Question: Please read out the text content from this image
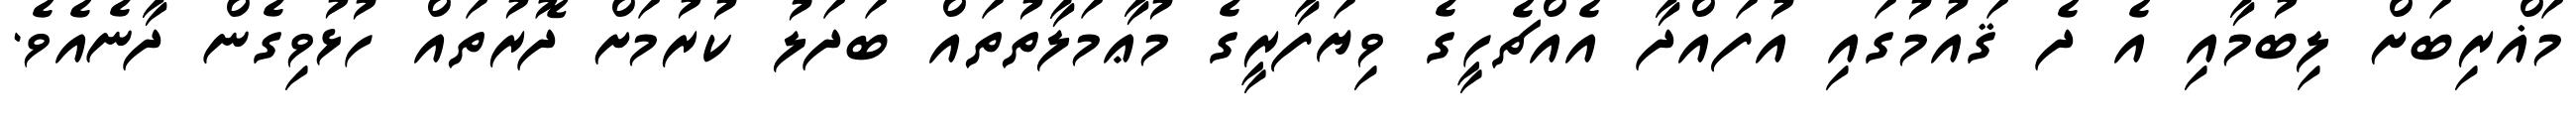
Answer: މަޣްރިބަށް ލިބުމާއި އެ ދެ ޤައުމުގައި އުފައްދާ އެއްޗެހީގެ ވިޔަފާރީގެ މުޢާމަލާތުތައް ބަދަލު ކުރުމަށް ދޮރުތައް ހުޅުވިގެން ދާނެއެވެ.